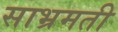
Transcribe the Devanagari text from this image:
साभ्रमती